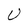
Character: U